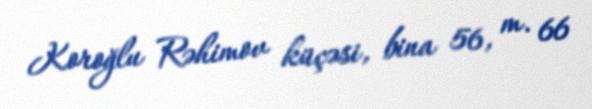
Koroğlu Rəhimov küçəsi, bina 56, m. 66